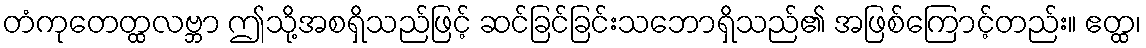
တံကုတေတ္ထလဗ္ဘာ ဤသို့အစရှိသည်ဖြင့် ဆင်ခြင်ခြင်းသဘောရှိသည်၏ အဖြစ်ကြောင့်တည်း။ ဧတ္ထ၊